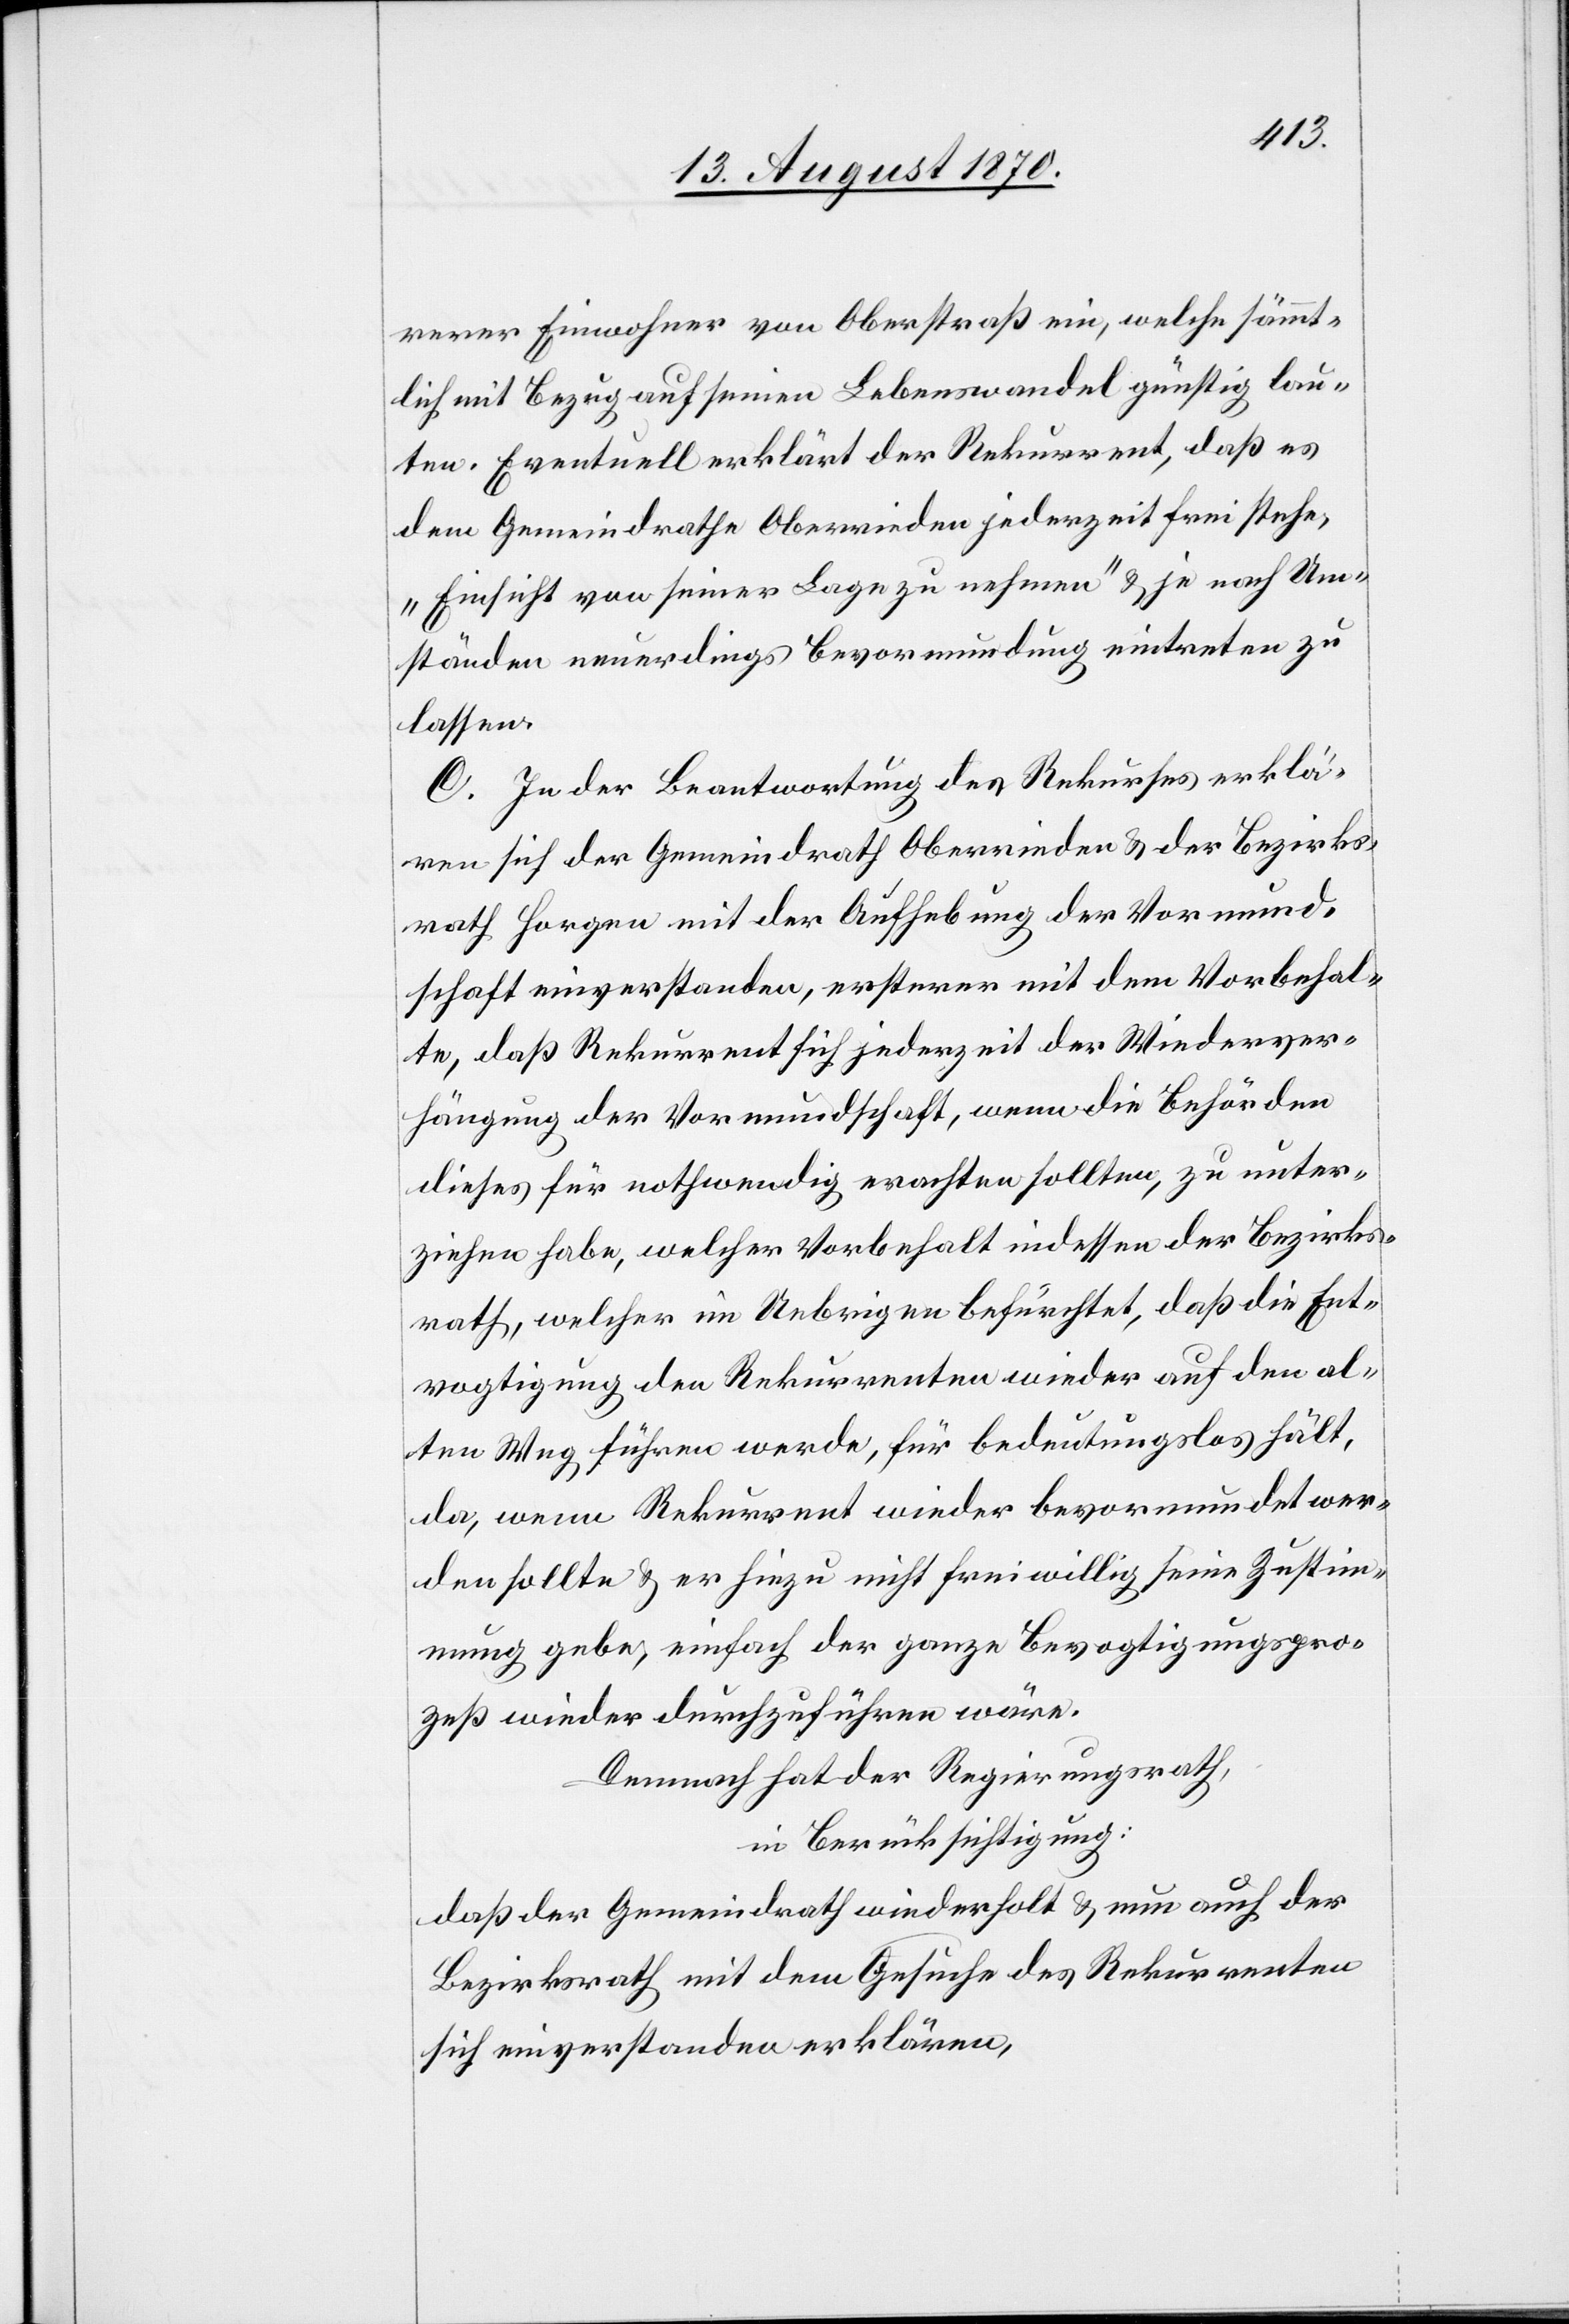
rerer Einwohner von Oberstraß ein, welche sämmt¬
lich mit Bezug auf seinen Lebenswandel günstig lau¬
ten. Eventuell erklärt der Rekurrent, daß es
dem Gemeindrathe Oberrieden jederzeit frei stehe,
„Einsicht von seiner Lage zu nehmen“ & je nach Um¬
ständen neuerdings Bevormundung eintreten zu
lassen.
C. In der Beantwortung des Rekurses erklä¬
ren sich der Gemeindrath Oberrieden & der Bezirks¬
rath Horgen mit der Aufhebung der Vormund¬
schaft einverstanden, ersterer mit dem Vorbehal¬
te, daß Rekurrent sich jederzeit der Wiederver¬
hängung der Vormundschaft, wenn die Behörden
dieses für nothwendig erachten sollten, zu unter¬
ziehen habe, welcher Vorbehalt indessen der Bezirks¬
rath, welcher im Uebrigen befürchtet, daß die Ent¬
vogtigung des Rekurrenten wieder auf den al¬
ten Weg führen werde, für bedeutungslos hält,
da, wenn Rekurrent wieder bevormundet wer¬
den sollte & er hiezu nicht freiwillig seine Zustim¬
mung gebe, einfach der ganze Bevogtigungspro¬
zeß wieder durchzuführen wäre.
Demnach hat der Regierungsrath,
in Berücksichtigung:
daß der Gemeindrath wiederholt & nun auch der
Bezirksrath mit dem Gesuch des Rekurrenten
sich einverstanden erklären,